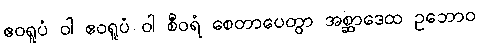
ဧဝရူပံ ဝါ ဧဝရူပံ ဝါ စီဝရံ စေတာပေတွာ အစ္ဆာဒေထ ဥဘောဝ